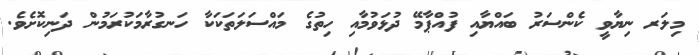
މިލަރ ނިޔާވީ ކެންސަރު ބައްޔާއި ފުއްޕާމޭ ދުޅަވުމާއި ހިތުގެ މައްސަލަތަކަކާ ހަނގުރާމަކުރަމުން ދަނިކޮށެވެ.